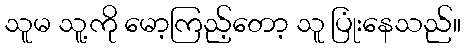
သူမ သူ့ကို မော့ကြည့်တော့ သူ ပြုံးနေသည်။